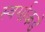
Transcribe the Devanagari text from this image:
स्वर्गाकडे